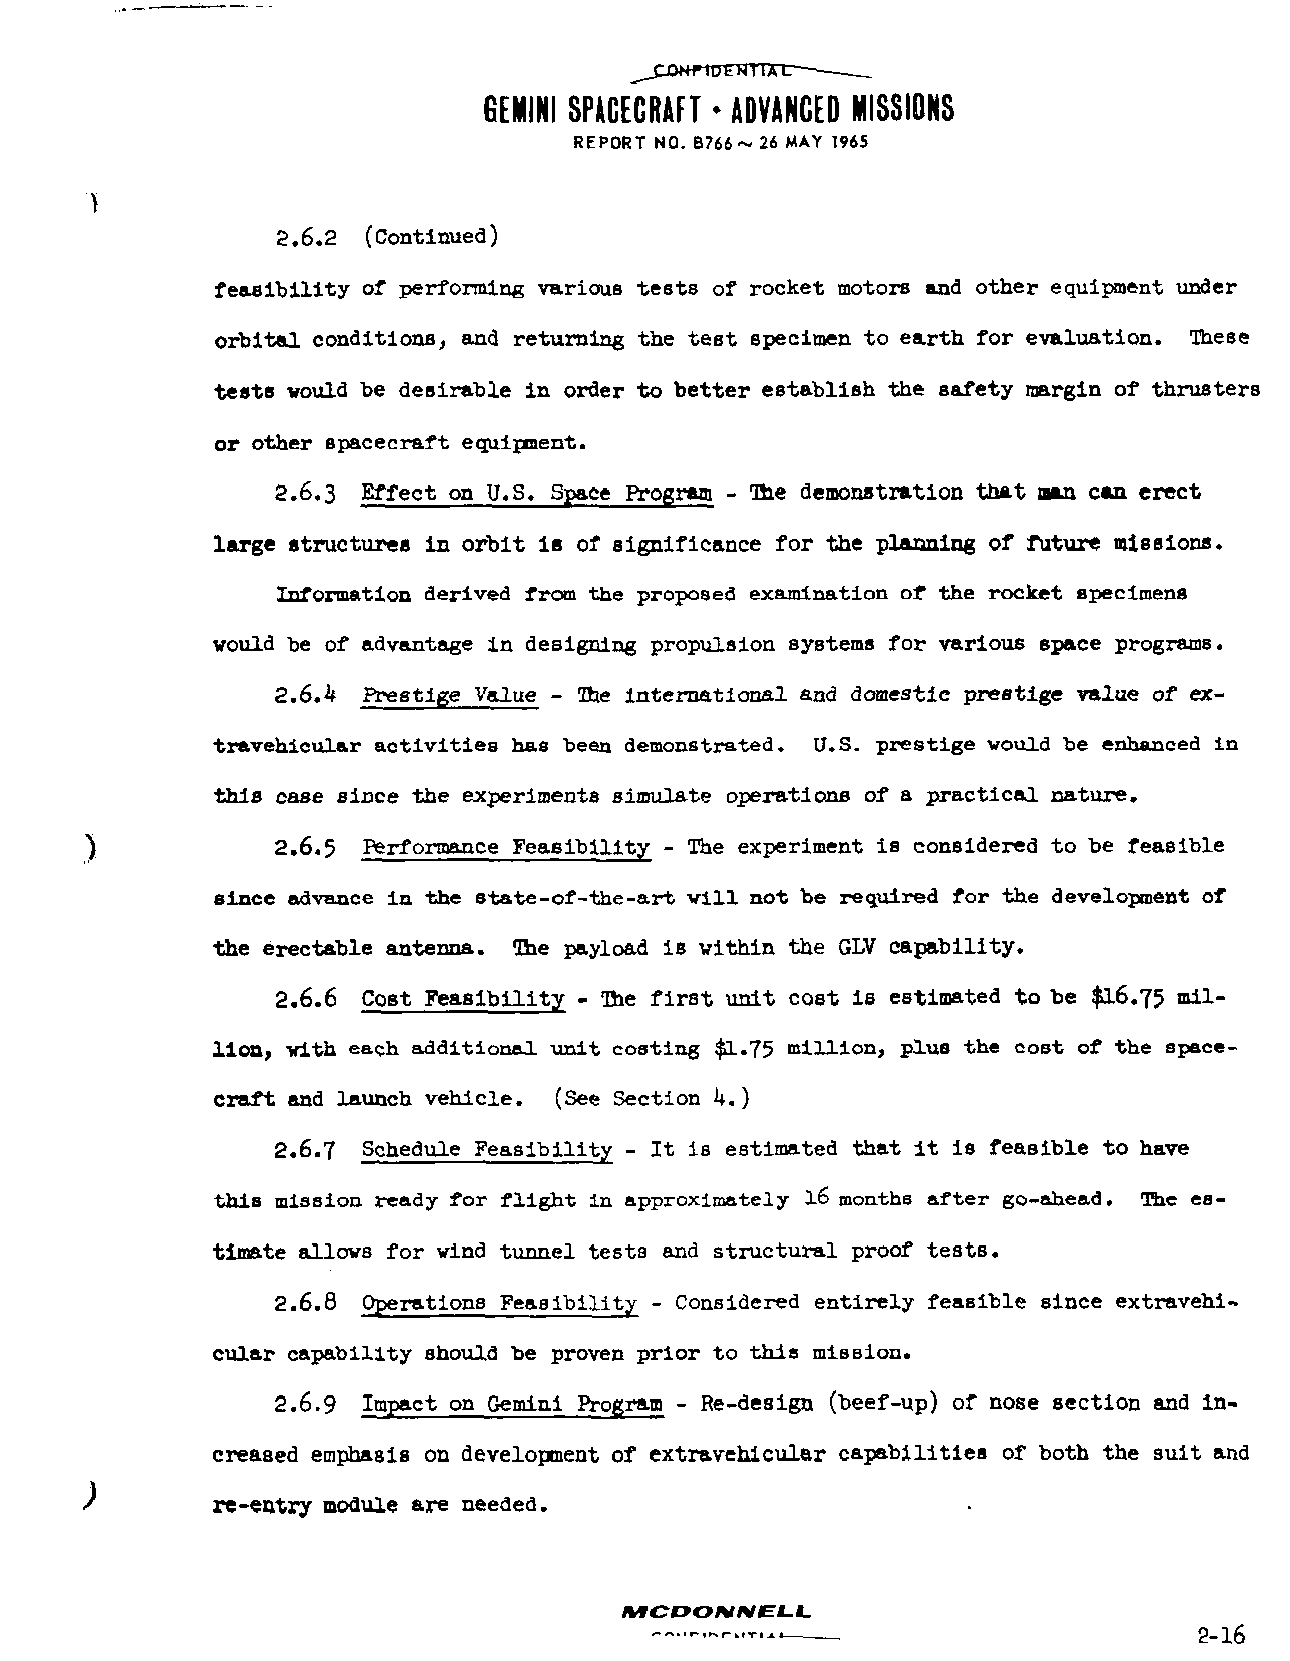
^_CX>writ>ENllAC— __
 GEMINI SPACECRAFT • ADVANCED MISSIONS
 REPORT NO. B766~ 26 MAY 1965
 2.6.2 (Continued)
 feasibility of performing various tests of rocket motors and other equipment under
 orbital conditions, and returning the test specimen to earth for evaluation. These
 tests would be desirable in order to better establish the safety margin of thrusters
 or other spacecraft equipment.
 2.6.3 Effect on U.S. Space Program - The demonstration that man can erect
 large structures in orbit is of significance for the planning of future missions.
 Information derived from the proposed examination of the rocket specimens
 would be of advantage in designing propulsion systems for various space programs.
 2.6.4 Prestige Value - The international and domestic prestige value of ex
 travehicular activities has been demonstrated. U.S. prestige would be enhanced in
 this case since the experiments simulate operations of a practical nature.
 2.6.5 Performance Feasibility - The experiment is considered to be feasible
 since advance in the state-of-the-art will not be required for the development of
 the erectable antenna. The payload is within the GLV capability.
 2.6.6 Cost Feasibility - The first unit cost is estimated to be $16.75 mil
 lion, with each additional unit costing $1.75 million, plus the cost of the space
 craft and launch vehicle. (See Section k.)
 2.6.7 Schedule Feasibility - It is estimated that it is feasible to have
 this mission ready for flight in approximately 16 months after go-ahead. The es
 timate allows for wind tunnel tests and structural proof tests.
 2.6.8 Operations Feasibility - Considered entirely feasible since extravehi
 cular capability should be proven prior to this mission.
 2.6.9 Impact on Gemini Program - Re-design (beef-up) of nose section and in
 creased emphasis on development of extravehicular capabilities of both the suit and
 re-entry module are needed.
 MCOOWWSU.
 ™—                                2-16